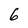
Character: 6